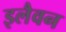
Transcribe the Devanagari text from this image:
इलैवन